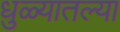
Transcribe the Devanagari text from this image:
धुळ्यातल्या